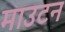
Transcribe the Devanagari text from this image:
माउटन